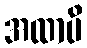
အထာပိ